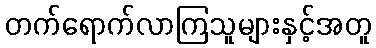
တက်ရောက်လာကြသူများနှင့်အတူ